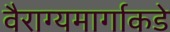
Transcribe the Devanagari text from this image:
वैराग्यमार्गाकडे